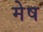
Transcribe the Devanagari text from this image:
मेेष